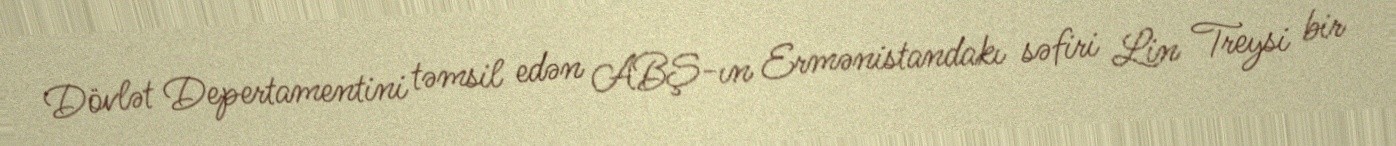
Dövlət Depertamentini təmsil edən ABŞ-ın Ermənistandakı səfiri Lin Treysi bir